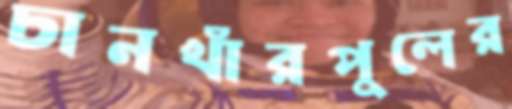
চানখাঁরপুলের